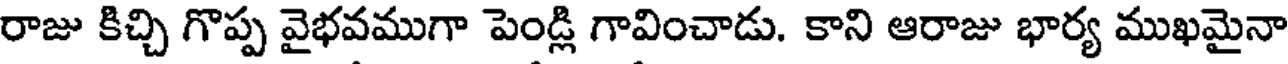
రాజు కిచ్చి గొప్ప వైభవముగా పెండ్లి గావించాడు. కాని ఆరాజు భార్య ముఖమైనా